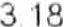
3.18